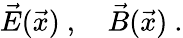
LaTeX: \vec{E}(\vec{x})\ ,\quad\vec{B}(\vec{x})\ .